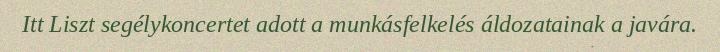
Itt Liszt segélykoncertet adott a munkásfelkelés áldozatainak a javára.